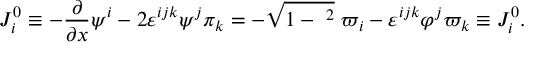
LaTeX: { \cal J } _ { i } ^ { 0 } \equiv - \frac \partial { \partial x } \psi ^ { i } - 2 \varepsilon ^ { i j k } \psi ^ { j } \pi _ { k } = - \sqrt { 1 - { \bf \varphi } ^ { 2 } } \; \varpi _ { i } - \varepsilon ^ { i j k } \varphi ^ { j } \varpi _ { k } \equiv J _ { i } ^ { 0 } .